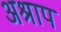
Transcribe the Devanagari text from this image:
अश्राप